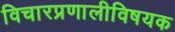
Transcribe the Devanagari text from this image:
विचारप्रणालीविषयक